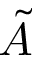
\tilde { A }